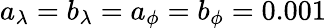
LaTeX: a_{\lambda}=b_{\lambda}=a_{\phi}=b_{\phi}=0.001